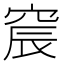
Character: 䆣